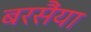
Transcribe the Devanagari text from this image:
बरसैंया